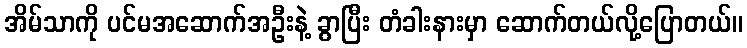
အိမ်သာကို ပင်မအဆောက်အဦးနဲ့ ခွာပြီး တံခါးနားမှာ ဆောက်တယ်လို့ပြောတယ်။